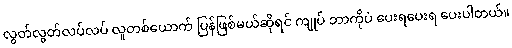
လွတ်လွတ်လပ်လပ် လူတစ်ယောက် ပြန်ဖြစ်မယ်ဆိုရင် ကျုပ် ဘာကိုပဲ ပေးရပေးရ ပေးပါတယ်။